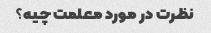
نظرت در مورد معلمت چیه؟